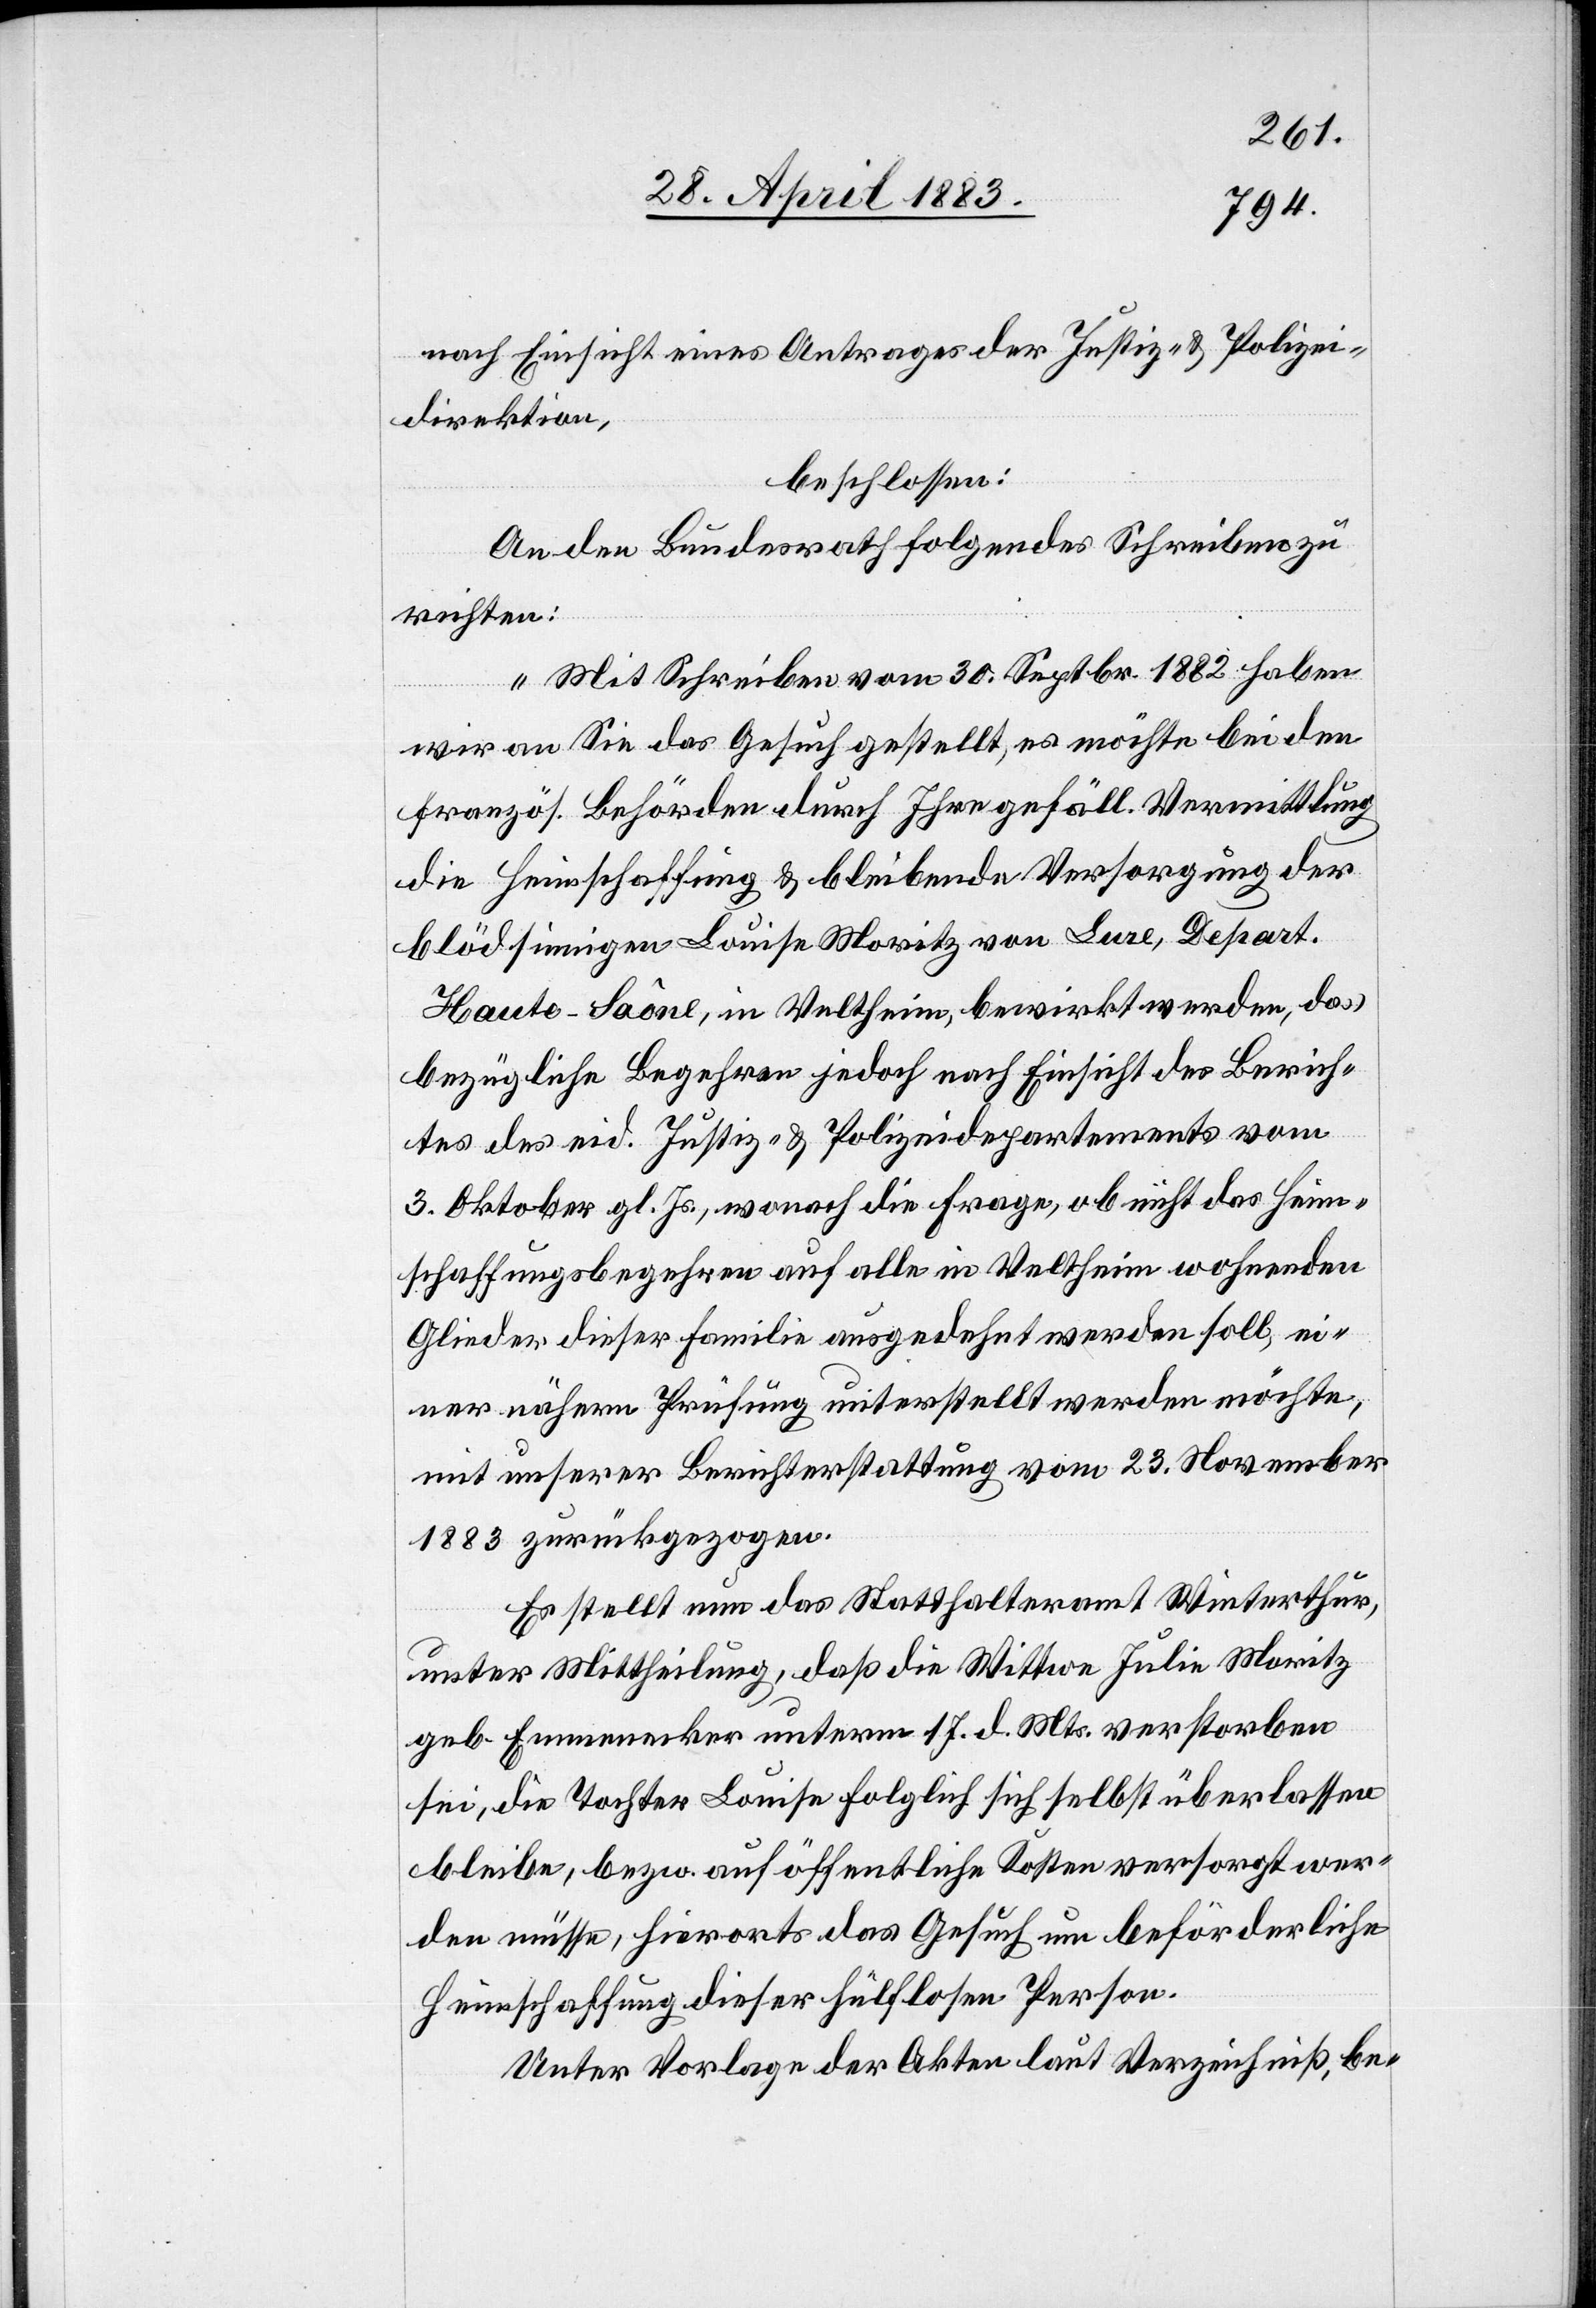
nach Einsicht eines Antrages der Justiz- & Polizei¬
direktion,
beschlossen:
An den Bundesrath folgendes Schreiben zu
richten:
„Mit Schreiben vom 30. Septbr. 1882 haben
wir an Sie das Gesuch gestellt, es möchte bei den
französ. Behörden durch Ihre gefäll. Vermittlung
die Heimschaffung & bleibende Versorgung der
blödsinnigen Louise Moritz von Lure, Depart.
Haute-Saône, in Veltheim, bewirkt werden, das
bezügliche Begehren jedoch nach Einsicht des Berich¬
tes des eid. Justiz- & Polizeidepartements vom
3. Oktober gl. Js., wonach die Frage, ob nicht das Heim¬
schaffungsbegehren auf alle in Veltheim wohnenden
Glieder dieser Familie ausgedehnt werden soll, ei¬
ner nähern Prüfung unterstellt werden möchte,
mit unserer Berichterstattung vom 23. November
1883 zurückgezogen.
Es stellt nun das Statthalteramt Winterthur,
unter Mittheilung, daß die Wittwe Julie Moritz
geb. Emmenecker unterm 17. d. Mts. verstorben
sei, die Tochter Louise folglich sich selbst überlassen
bleibe, bezw. auf öffentliche Kosten versorgt wer¬
den müsse, hierorts das Gesuch um beförderliche
Heimschaffung dieser hülflosen Person.
Unter Vorlage der Akten laut Verzeichniß, be-